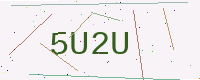
Text: 5U2U